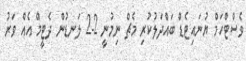
ވެސްޓްހަމް ޔުނައިޓެޑް ބައްދަލުކުރި މެޗް ނިމުނީ 2-2 ލަނޑުން ދެޓީމް އެއް ވަރު